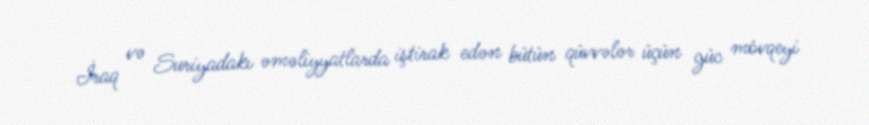
İraq və Suriyadakı əməliyyatlarda iştirak edən bütün qüvvələr üçün güc mövqeyi